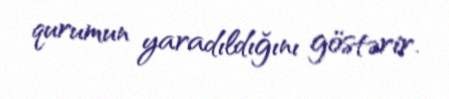
qurumun yaradıldığını göstərir.